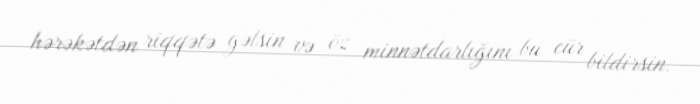
hərəkətdən riqqətə gəlsin və öz minnətdarlığını bu cür bildirsin.